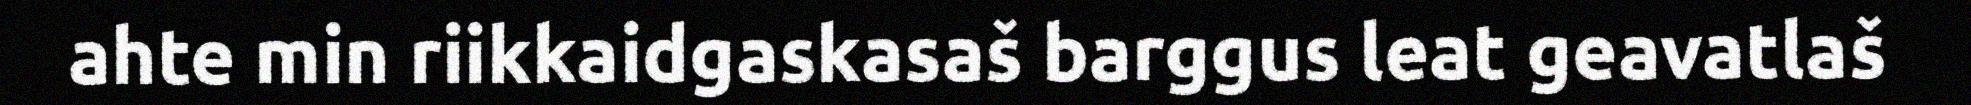
ahte min riikkaidgaskasaš barggus leat geavatlaš